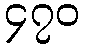
၄၇၀